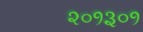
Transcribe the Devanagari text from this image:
२०१३०१